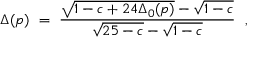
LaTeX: \Delta ( p ) ~ = ~ \frac { \sqrt { 1 - c + 2 4 \Delta _ { 0 } ( p ) } - \sqrt { 1 - c } } { \sqrt { 2 5 - c } - \sqrt { 1 - c } } ~ ~ ,